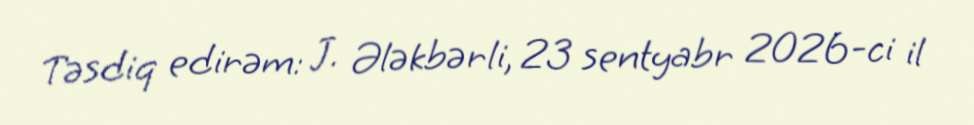
Təsdiq edirəm: J. Ələkbərli, 23 sentyabr 2026-ci il